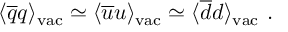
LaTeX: \langle \overline { { { q } } } q \rangle _ { \mathrm { v a c } } \simeq \langle \overline { { { u } } } u \rangle _ { \mathrm { v a c } } \simeq \langle \overline { { { d } } } d \rangle _ { \mathrm { v a c } } \ .